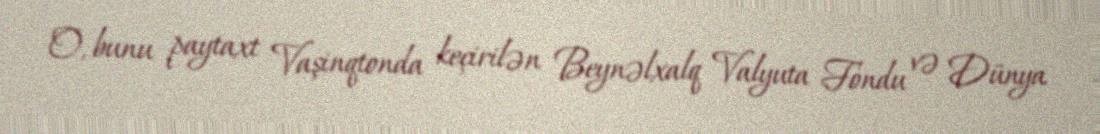
O, bunu paytaxt Vaşinqtonda keçirilən Beynəlxalq Valyuta Fondu və Dünya